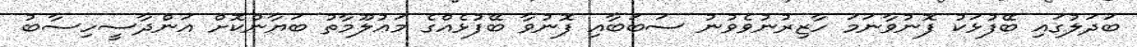
ބަދަލުގައި ބޭފުޅަކު ފޮނުވާނަމަ ހާޒިރުނުވެވުނު ސަބަބާއި ފޮނުވާ ބޭފުޅެއްގެ މަޢުލޫމާތު ބަޔާންކޮށް އަންދާސީހިސާބު